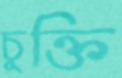
চুক্তি